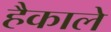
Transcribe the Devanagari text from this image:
हैकाले